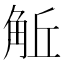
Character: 𧣜